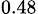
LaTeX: _{0.48}